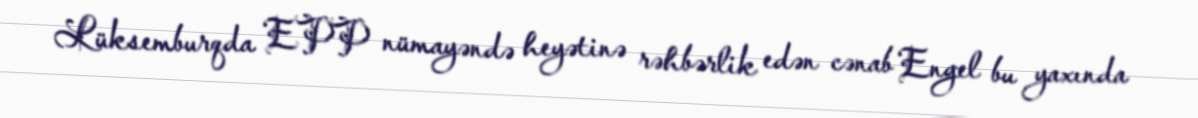
Lüksemburqda EPP nümayəndə heyətinə rəhbərlik edən cənab Engel bu yaxında